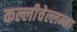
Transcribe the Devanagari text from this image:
कल्लीचेल्लम्मा